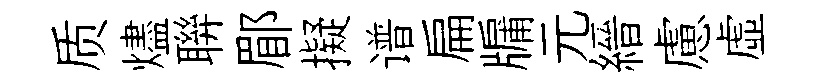
质燼聨郿擬谱扁牖元縉慮虚